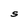
Character: S